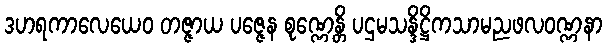
ဒဟရကာလေယေဝ တဇ္ဇာယ ပဇ္ဇေန စုဏ္ဏေန္တိ ပဌမသန္ဒိဋ္ဌိကသာမညဖလဝဏ္ဏနာ